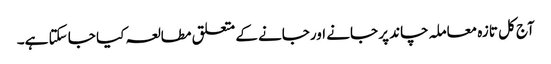
آج کل تازہ معاملہ چاند پر جانے اورجانے کے متعلق مطالعہ کیا جا سکتا ہے۔